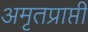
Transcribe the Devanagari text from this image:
अमृतप्राप्ती